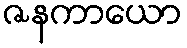
ဇနကာယော